Lunatic asylums in Bengal annual reports 1899-1911 - 1899-1911
Year: 1899
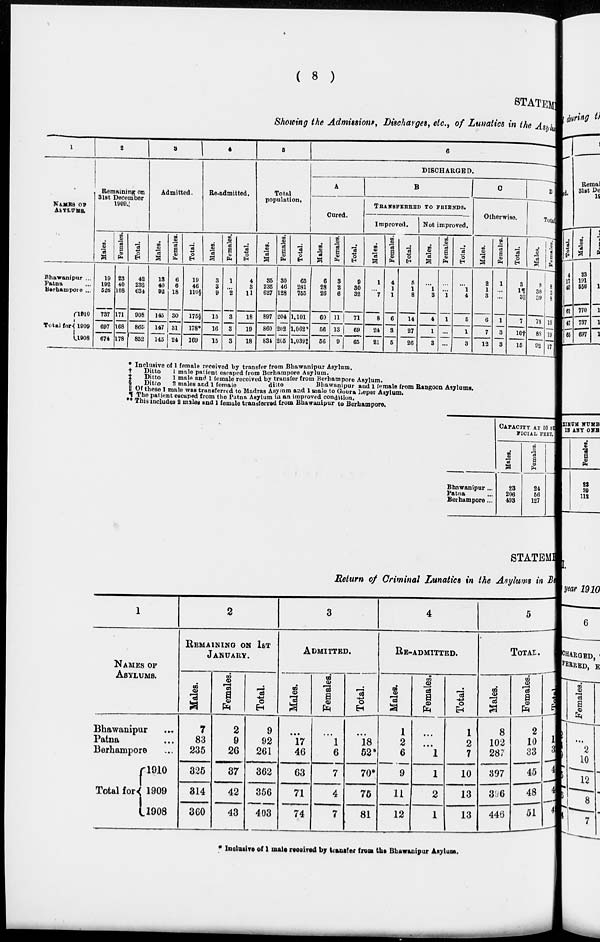
( 8 )
STATEM
Showing the Admissions , Discharges, etc., of Lunatics in the Asylum
1
NAMES OF
ASYLUMS.
Bhawanipur ...
Patna ...
Berhampore ...
Total for
1910
1909
1908
2
Remaining on
31at December
1909.
Males.
19
192
526
737
697
674
Females.
23
40
108
171
168
178
Total.
42
232
634
908
865
852
3
Admitted.
Males.
13
40
92
145
147
145
Females.
6
6
18
30
31
24
Total.
19
46
110§
175§
178*
169
4
Re-admitted.
Males.
3
3
9
15
16
15
Females.
1
...
2
3
3
3
Total.
4
3
11
18
19
18
5
Total
population.
Males.
35
235
627
897
860
834
Females.
30
46
128
204
202
205
Total.
65
281
755
1,101
1,062*
1,039‡
6
DISCHARGED.
A
Cured.
Males.
6
28
26
60
56
56
Females.
3
2
6
11
13
9
Total.
9
30
32
71
69
65
B
TRANSFERRED TO FRIENDS.
Improved.
Males.
1
...
7
8
24
21
Females.
4
1
1
6
3
5
Total.
5
1
8
14
27
26
Not improved.
Males.
...
1
3
4
1
3
Females.
...
...
1
1
...
...
Total.
...
1
4
5
1
3
C
Otherwise.
Males.
2
1
3
6
7
12
Females.
1
...
...
1
3
3
Total.
3
1¶ 3||
7
10†
15
D
Total.
Males.
9
30
39
78
88
92
Females.
8
3
8
19
19
17
* Inclusive of 1 female received by transfer from Bhawanipur Asylum.
†
Ditto
1 male patient escaped from Berhampore Asylum.
‡ Ditto 1 male and 1 female received by transfer from Berhampore Asylum.
§ Ditto
2 males and 1 female
ditto
Bhawanipur and 1 female from Rangoon Asylums.
|| Of these 1 male was transferred to Madras Asylum and 1 male to Gobra Leper Asylum.
¶ The patient escaped from the Patna Asylum in an improved,condition.
** This includes 2 males and 1 female transferred from Bhawanipur to Berhampore.
Bhawanipur ...
Patna ...
Berhampore ...
CAPACITY
50 S
FICIAL
FEET.
Males.
23
206
493
Females.
24
56
127
STATEME
Return of Criminal Lunatics in the Asylums in B
1
NAMES OF
ASYLUMS.
Bhawanipur...
Patna...
Berhampore...
Total for
1910
1909
1908
2
REMAINING ON 1ST
JANUARY.
Males.
7
83
235
325
314
360
Females.
2
9
26
37
42
43
Total.
9
92
261
362
356
403
3
ADMITTED.
Males.
...
17
46
63
71
74
Females.
...
1
6
7
4
7
Total.
...
18
52*
70*
75
81
4
RE-ADMITTED.
Males.
1
2
6
9
11
12
Females.
...
...
1
1
2
1
Total.
1
2
7
10
13
13
5
TOTAL.
Males.
8
102
287
397
396
446
Females.
2
10
33
45
48
51
Total
1
3
4
4
4
* Inclusive of 1 male received by transfer from the Bhawanipur Asylum.